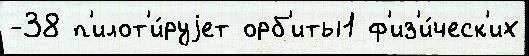
-38 п'илот'и́руjет орб'иты1 ф'из'и́ческ'их